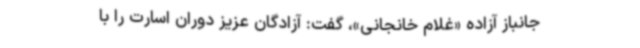
جانباز آزاده «غلام خانجانی»، گفت: آزادگان عزیز دوران اسارت را با